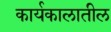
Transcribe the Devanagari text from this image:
कार्यकालातील